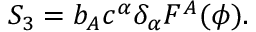
S _ { 3 } = b _ { A } c ^ { \alpha } \delta _ { \alpha } F ^ { A } ( \phi ) .